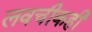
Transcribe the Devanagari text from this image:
लवचीकही